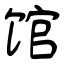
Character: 馆